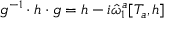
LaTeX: g ^ { - 1 } \cdot h \cdot g = h - i \hat { \omega } _ { 1 } ^ { a } [ T _ { a } , h ]